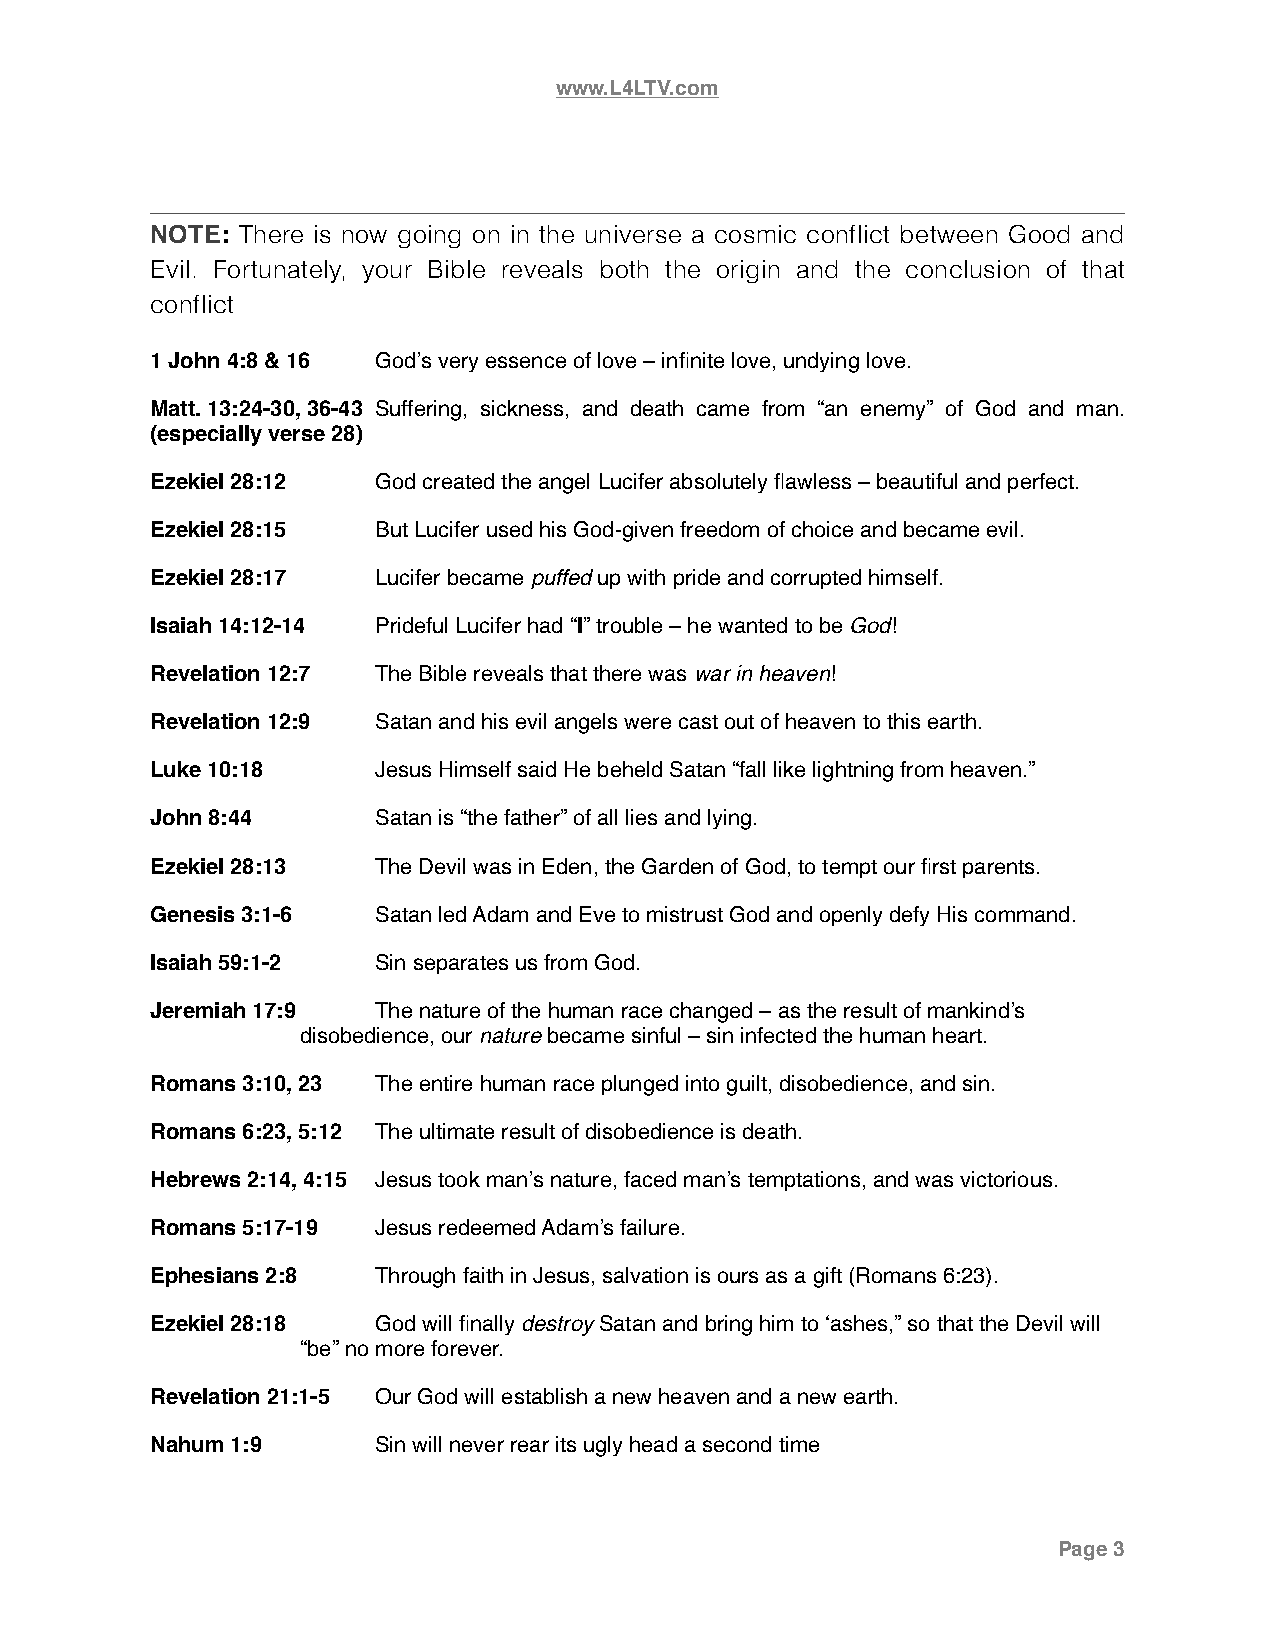
www.L4LTV.com
 NOTE: There is now going on in the universe a cosmic conflict between Good and
 Evil. Fortunately, your Bible reveals both the origin and the conclusion of that
 conflict
 1 John 4:8 & 16 God’s very essence of love – infinite love, undying love.
 Matt. 13:24-30, 36-43 Suffering, sickness, and death came from “an enemy” of God and man.
 (especially verse 28)
 Ezekiel 28:12  God created the angel Lucifer absolutely flawless – beautiful and perfect.
 Ezekiel 28:15  But Lucifer used his God-given freedom of choice and became evil.
 Ezekiel 28:17  Lucifer became puffed up with pride and corrupted himself.
 Isaiah 14:12-14 Prideful Lucifer had “I” trouble – he wanted to be God!
 Revelation 12:7 The Bible reveals that there was war in heaven!
 Revelation 12:9 Satan and his evil angels were cast out of heaven to this earth.
 Luke 10:18     Jesus Himself said He beheld Satan “fall like lightning from heaven.”
 John 8:44      Satan is “the father” of all lies and lying.
 Ezekiel 28:13  The Devil was in Eden, the Garden of God, to tempt our first parents.
 Genesis 3:1-6  Satan led Adam and Eve to mistrust God and openly defy His command.
 Isaiah 59:1-2  Sin separates us from God.
 Jeremiah 17:9  The nature of the human race changed – as the result of mankind’s
 disobedience, our nature became sinful – sin infected the human heart.
 Romans 3:10, 23 The entire human race plunged into guilt, disobedience, and sin.
 Romans 6:23, 5:12 The ultimate result of disobedience is death.
 Hebrews 2:14, 4:15 Jesus took man’s nature, faced man’s temptations, and was victorious.
 Romans 5:17-19 Jesus redeemed Adam’s failure.
 Ephesians 2:8  Through faith in Jesus, salvation is ours as a gift (Romans 6:23).
 Ezekiel 28:18  God will finally destroy Satan and bring him to ‘ashes,” so that the Devil will
 “be” no more forever.
 Revelation 21:1-5 Our God will establish a new heaven and a new earth.
 Nahum 1:9      Sin will never rear its ugly head a second time
 Page 3